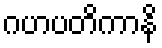
ဂဟပတိကာနိ